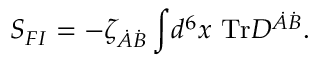
S _ { F I } = - \zeta _ { \dot { A } \dot { B } } \int \! d ^ { 6 } x ~ \mathrm { T r } D ^ { \dot { A } \dot { B } } .